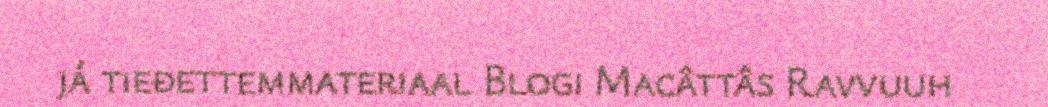
já tieđettemmateriaal Blogi Macâttâs Ravvuuh